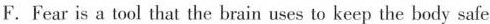
F.Fear is a tool that the brain uses to keep the body safe